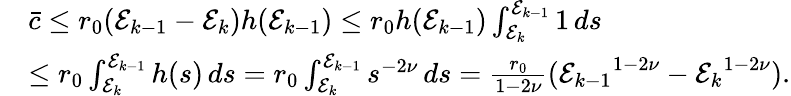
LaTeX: \begin{array}{rl}&{\bar{c}\leq r_{0}(\mathcal{E}_{k-1}-\mathcal{E}_{k})h(\mathcal{E}_{k-1})\leq r_{0}h(\mathcal{E}_{k-1})\int_{\mathcal{E}_{k}}^{\mathcal{E}_{k-1}}{1\, ds}}\\ &{\leq r_{0}\int_{\mathcal{E}_{k}}^{\mathcal{E}_{k-1}}{h(s)\, ds}=r_{0}\int_{\mathcal{E}_{k}}^{\mathcal{E}_{k-1}}{s^{-2\nu}\, ds}=\frac{r_{0}}{1-2\nu}({\mathcal{E}_{k-1}}^{1-2\nu}-{\mathcal{E}_{k}}^{1-2\nu}).}\end{array}